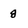
Character: 8